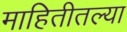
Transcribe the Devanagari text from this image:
माहितीतल्या